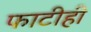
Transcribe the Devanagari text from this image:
फाटीही